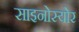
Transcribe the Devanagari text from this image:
साइनोस्योर